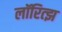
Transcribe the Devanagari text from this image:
लॉरित्झ